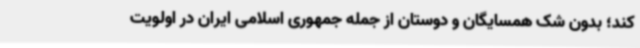
کند؛ بدون شک همسایگان و دوستان از جمله جمهوری اسلامی ایران در اولویت